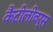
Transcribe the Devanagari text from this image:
कैंटीलीवर्स